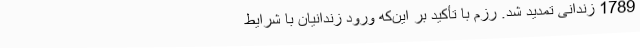
1789 زندانی تمدید شد. رزم با تأکید بر این‌که ورود زندانیان با شرایط